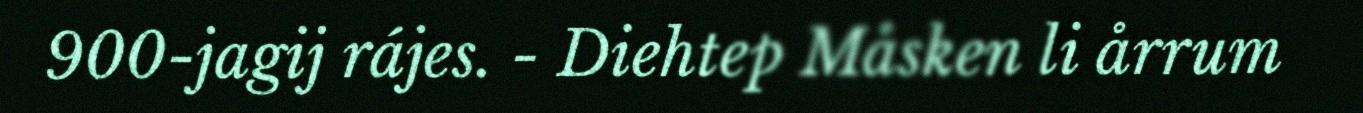
900-jagij rájes. - Diehtep Måsken li årrum